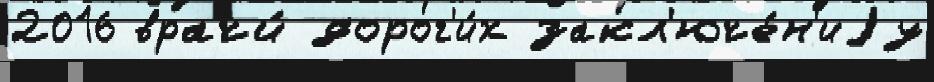
2016 врачи́ дорог'и́х закл'юче́н'иjу